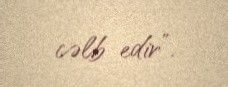
cəlb edir”.